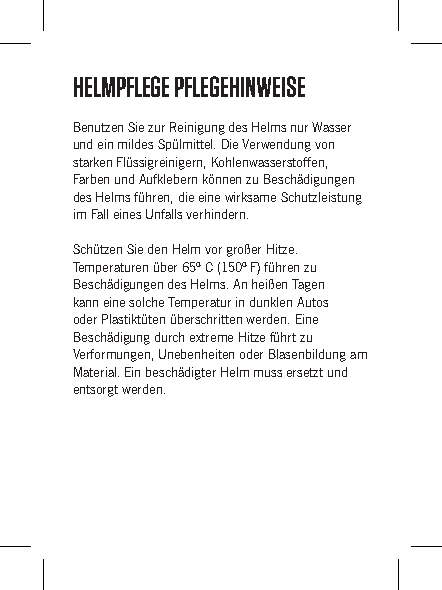
HELMPFLEGE PFLEGEHINWEISE
 Benutzen Sie zur Reinigung des Helms nur Wasser
 und ein mildes Spülmittel. Die Verwendung von
 starken Flüssigreinigern, Kohlenwasserstoffen,
 Farben und Aufklebern können zu Beschädigungen
 des Helms führen, die eine wirksame Schutzleistung
 im Fall eines Unfalls verhindern.
 Schützen Sie den Helm vor großer Hitze.
 Temperaturen über 65º C (150º F) führen zu
 Beschädigungen des Helms. An heißen Tagen
 kann eine solche Temperatur in dunklen Autos
 oder Plastiktüten überschritten werden. Eine
 Beschädigung durch extreme Hitze führt zu
 Verformungen, Unebenheiten oder Blasenbildung am
 Material. Ein beschädigter Helm muss ersetzt und
 entsorgt werden.